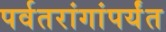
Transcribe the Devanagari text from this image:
पर्वतरांगांपर्यंत